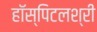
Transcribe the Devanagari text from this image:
हॉस्पिटलश्री